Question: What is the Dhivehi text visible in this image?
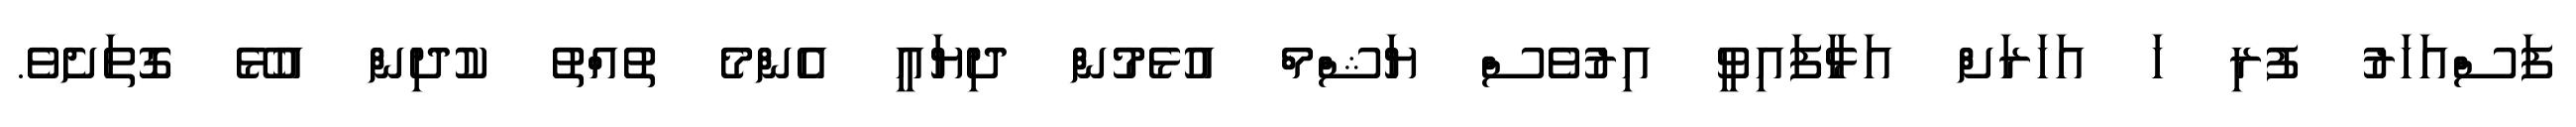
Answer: ފަސްއަހަރު ފުރި ހަ އަހަރަށް އަޅާފައިވީ އިރުވެސް ޔަޝްމް އުޅެމުން ދިޔައީ އެންމެ ތުއްތު ކުދިން އުޅޭ ގޮތަށެވެ.